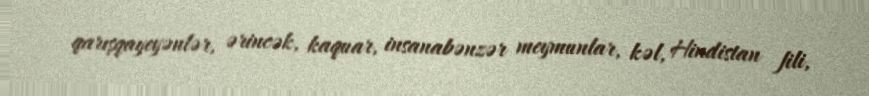
qarışqayeyənlər, ərincək, kaquar, insanabənzər meymunlar, kəl, Hindistan fili,